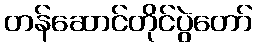
တန်ဆောင်တိုင်ပွဲတော်